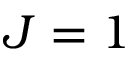
J = 1